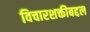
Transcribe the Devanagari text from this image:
विचारशक्तीबद्दल